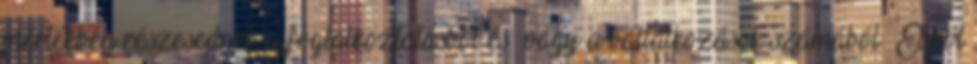
mértékben részesednek a foglalkoztatásból és vagy a vállalkozások számából ▪Ebből